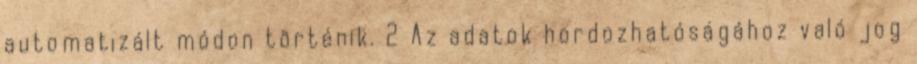
automatizált módon történik. 2 Az adatok hordozhatóságához való jog